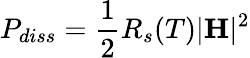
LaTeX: P_{diss}=\frac{1}{2}R_{s}(T)|\textbf{H}|^{2}